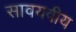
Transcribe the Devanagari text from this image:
सावयवीय